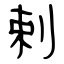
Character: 剌